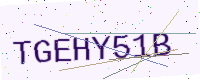
Text: TGEHY51B